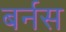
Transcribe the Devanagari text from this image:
बर्नस